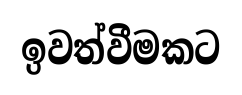
ඉවත්වීමකට